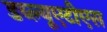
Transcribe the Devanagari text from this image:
डब्ल्यूएटीएस